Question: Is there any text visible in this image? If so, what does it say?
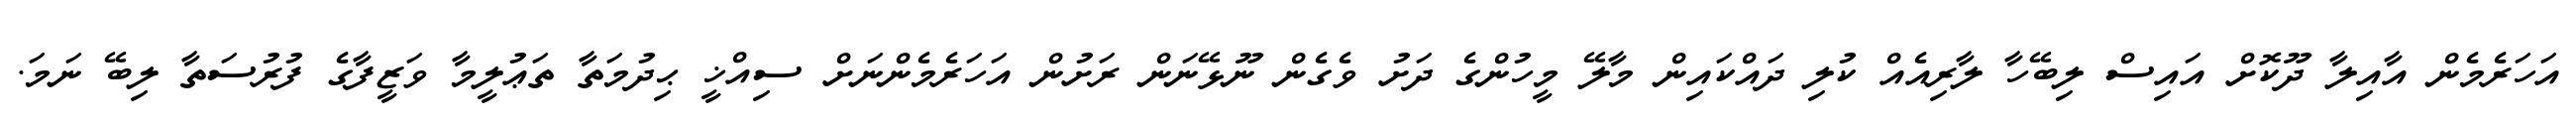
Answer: އަހަރެމެން އާއިލާ ދޫކޮށް އައިސް ލިބޭހާ ލާރިއެއް ކުލި ދައްކައިން މާލޭ މީހުންގެ ދަށު ވެގެން ނޫޅޭނަން ރަށުން އަހަރެމެންނަށް ސިއްޚީ ޙިދުމަތާ ތަޢުލީމާ ވަޒީފާގެ ފުރުސަތާ ލިބޭ ނަމަ.